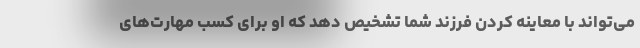
می‌تواند با معاینه کردن فرزند شما تشخیص دهد که او برای کسب مهارت‌های